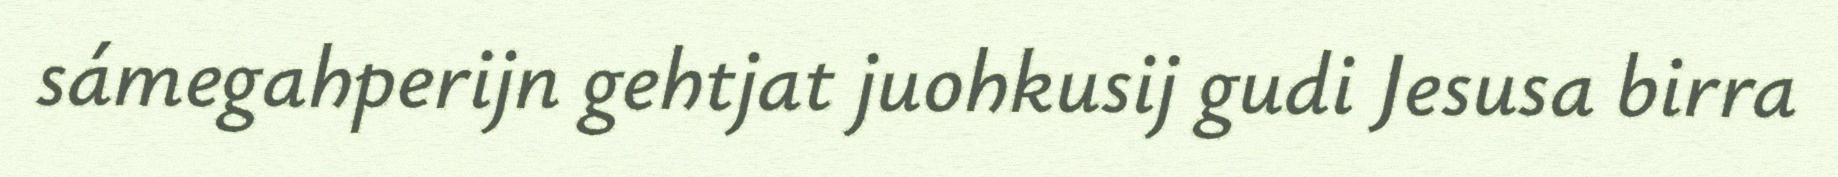
sámegahperijn gehtjat juohkusij gudi Jesusa birra